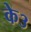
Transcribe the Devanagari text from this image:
के३